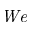
\mathit { W e }